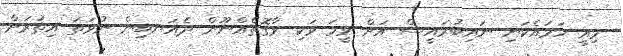
މިއީ ހަމައެކަނި ނައިބުރައީސް އަށް ވީމަ ވަކި ވާގޮތެއްނޫން ދެއަނބިން ނުވަތަ އިތުރަށް